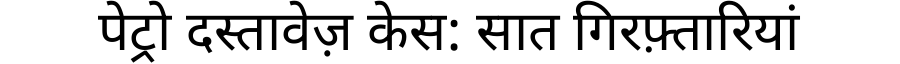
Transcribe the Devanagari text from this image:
पेट्रो दस्तावेज़ केस: सात गिरफ़्तारियां